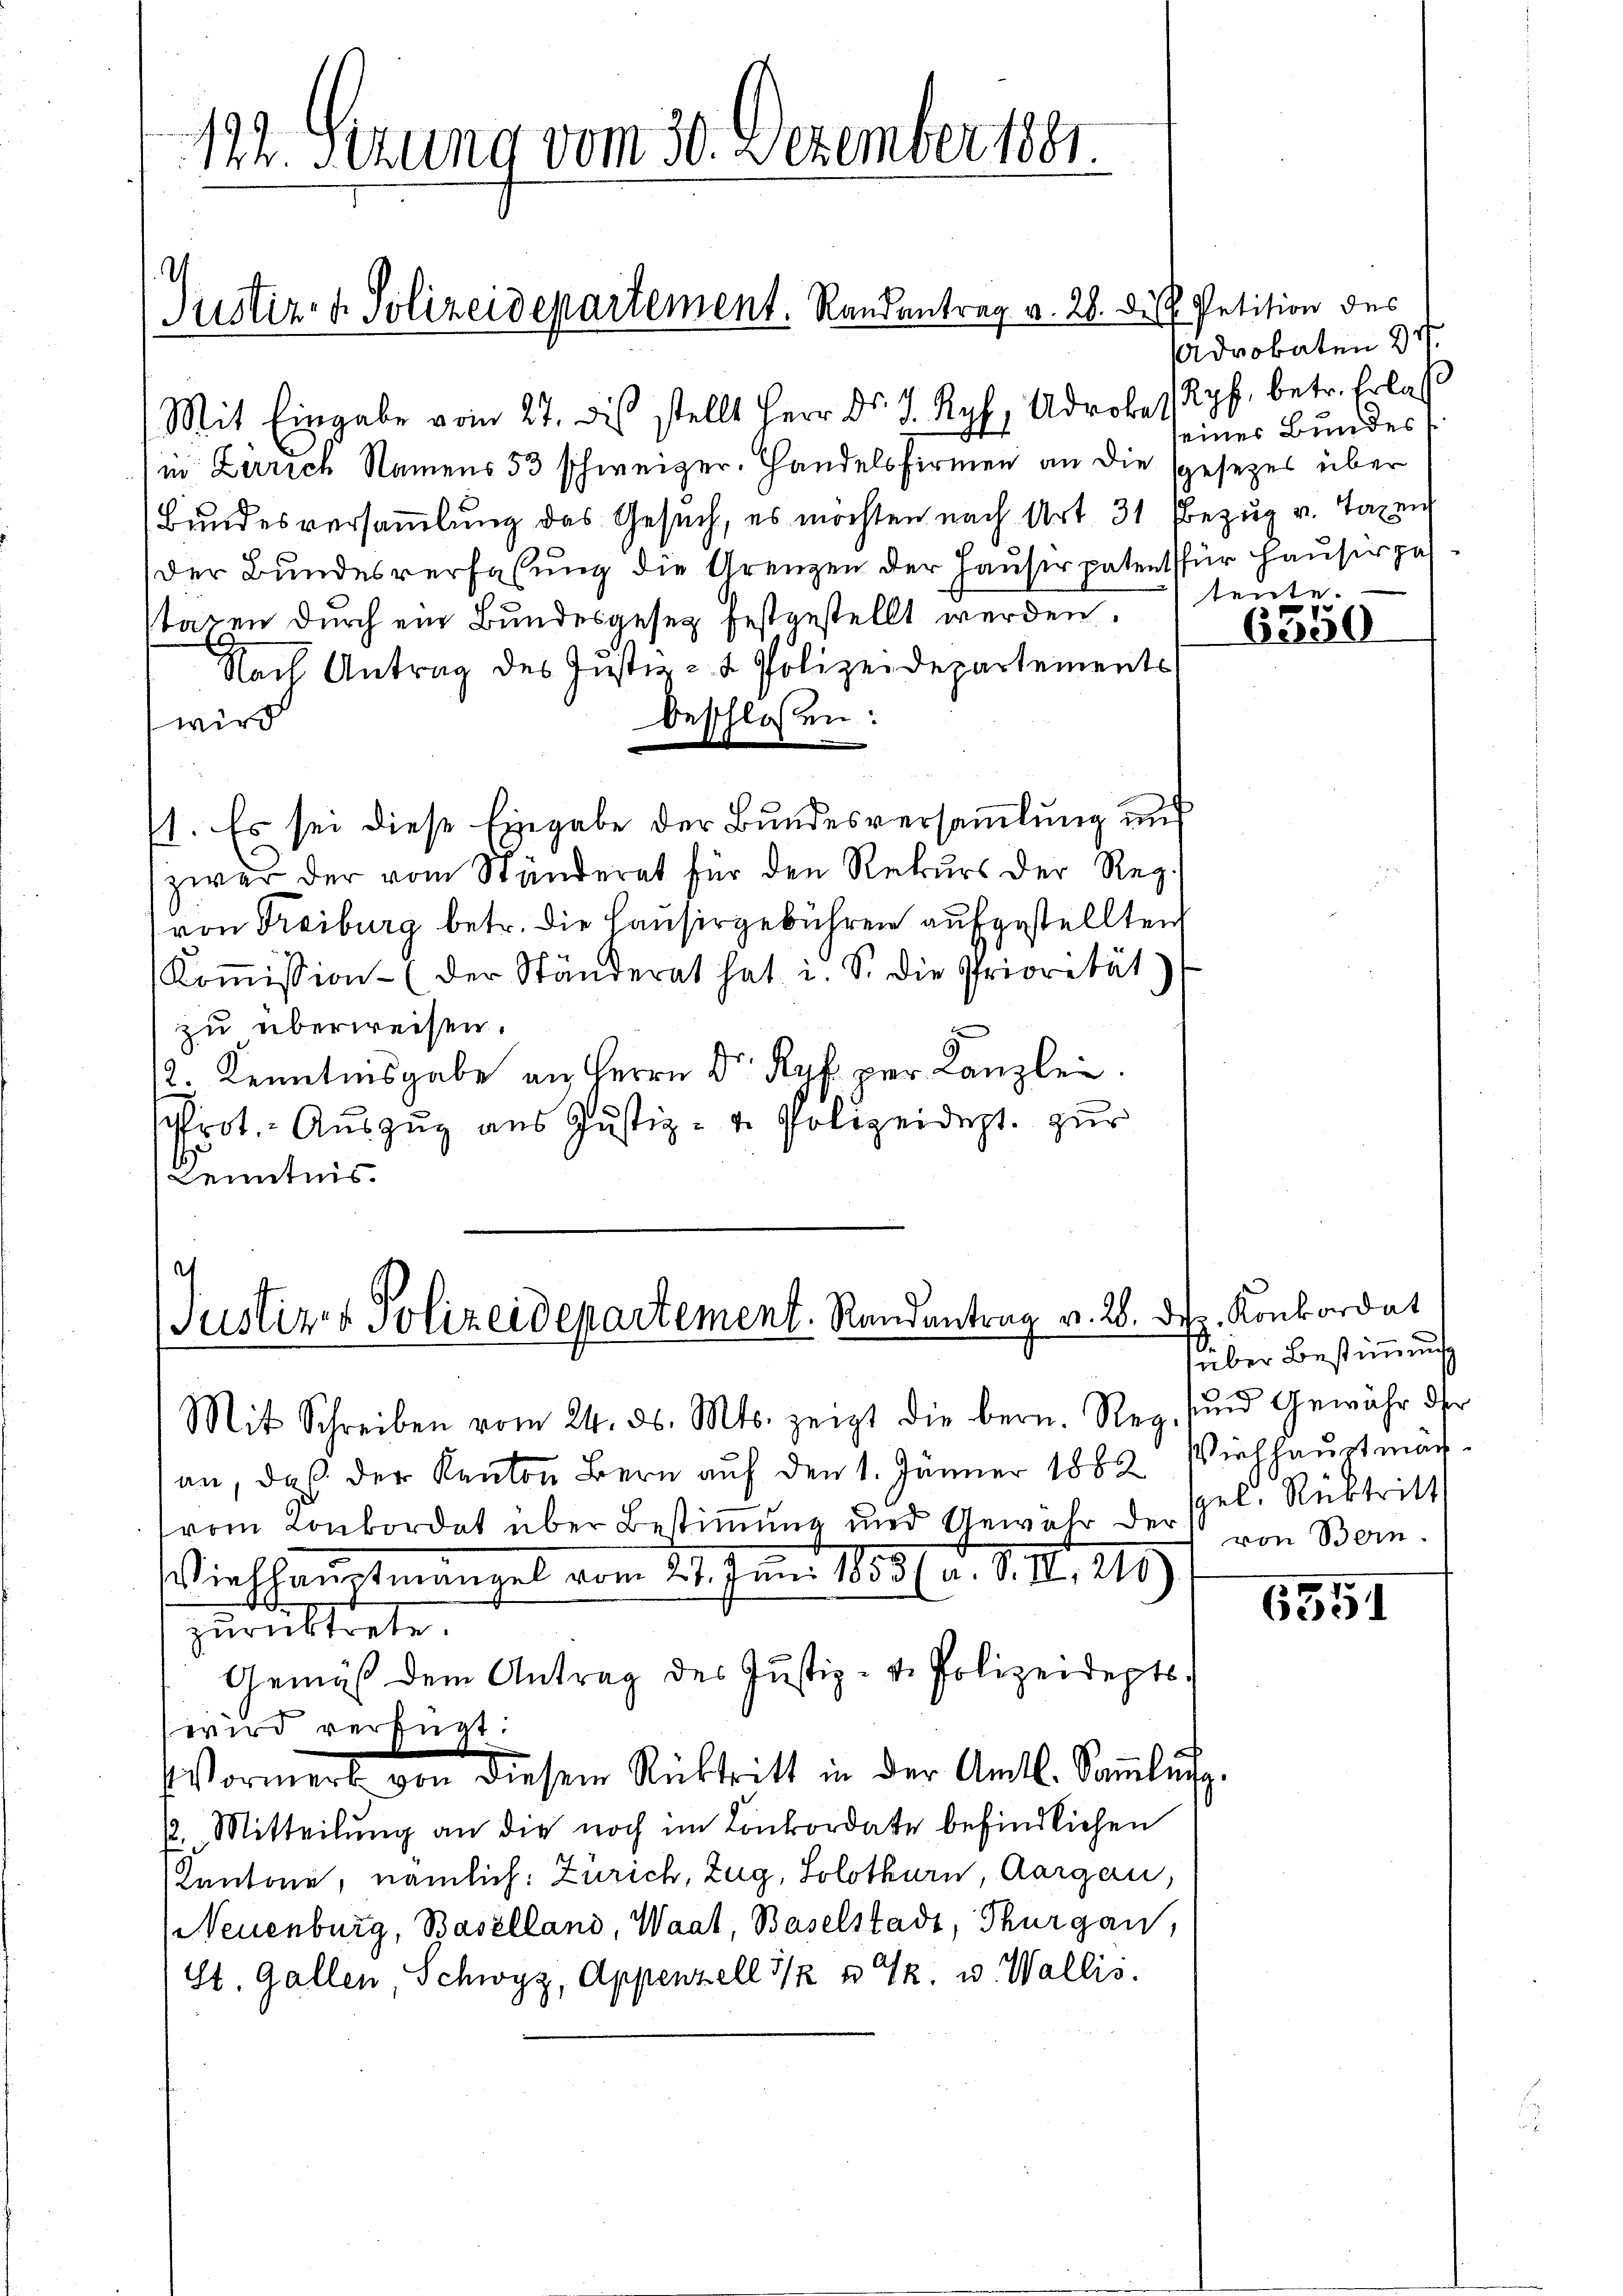
122. Sizung vom 30. Dezember 1881.

Mit Eingabe vom 27. des stellt Herr Dr. J. Ryf, Adrobet Ryf, betr. Erlas
in Zerrich Namens 53 schweizer. Handelsfirmen an die spesezes über
Bundesversammlung des Gesuch, es möchten nach Art. 31 Bezug v. Taxen
Der Bundesverfaßung die Grenzen der Hauser patent für Hauser zu
stagen durch ein Bundesgesetz festgestellt werden teute.
Nach Antrag des Justiz- & Polizeidepartements
beschlossen:
wird
e
71. Es sei diese Eingabe der Bundesversammlung und
zwar der vom Ständerat für den Rekurs der Reg.
von Freiburg betr. die Hausergebühren aufgestellten
Koṁission (der Ständerat hat i. S. die Priorität)
zu überweisen.
g
12. Kenntnisgabe an Herrn Dr Ryf per Kanzlei.
rot. Auszug aus Justiz- u. Polizeidept. zur
Kenntnis.

Justiz- & Polizeidepartement. Randantrag v. 28. des Petition des

.
Justiz- & Polizeidepartement. Randantrag v. 26. Dez. Konkordat
Mit Schreiben vom 24. d. Mts. zeigt die bern. Reg. sind Gewähr der

an, daß der Kanton Bern auf den 1. Jänner 1882 Viehhaŭptmänvom Konkordat über Bestimmung und Gewahr der von Bern.
Viehhauptmängel vom 11. Juni 18531. d. d. 11, 1189
zurücktrete.
Gemäß dem Antrag des Justiz- & Polizeideptswird verfügt:
Wormert von diesem Rücktritt in der Amtl. Sammlung
22. Mitteilŭng an die noch im Konkordate befindlichen
Kantone, nämlich: Zürich, Zug, Solothurn, Aargau,
Neuenburg, Baselland, Waat, Baselstadt, Thurgau,
St. Gallen, Schwyz, Appenzell I/2 & 4. u. Wallis.

Advokaten 27.
seiner Bundes

6350

über Bestimmung
pel, Rücktritt

6551